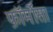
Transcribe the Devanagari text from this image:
फ़ॉर्मोसा